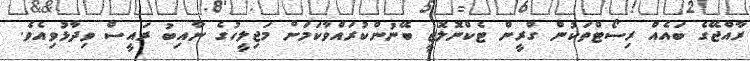
ރާއްޖޭގެ ބައެއް ރިސޯޓްތަކުން ގްރީން ޓެކްނޮލޮޖީ ބޭނުންކުރައްވާކަމަށް މަޖިލީހުގެ ނާއިބު ރައީސް ވިދާޅުވިއެވެ.